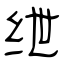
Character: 绁